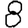
Digit: 8